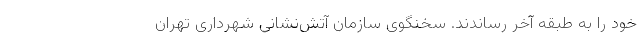
خود را به طبقه آخر رساندند. سخنگوی سازمان آتش‌نشانی شهرداری تهران